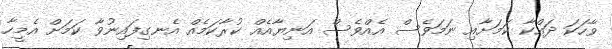
ވާހަކަ ދައްކާ ކަމަށާއި ނަމަވެސް އެއްވެސް އަނިޔާއެއް ކުރާކަމެއް އެނގިފައިނުވާ ކަމަށް އެމީހާ